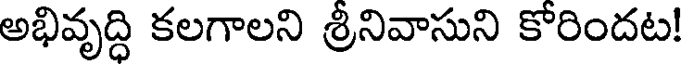
అభివృద్ధి కలగాలని శ్రీనివాసుని కోరిందట!